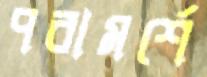
পরামর্শে